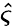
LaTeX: \hat{\varsigma}